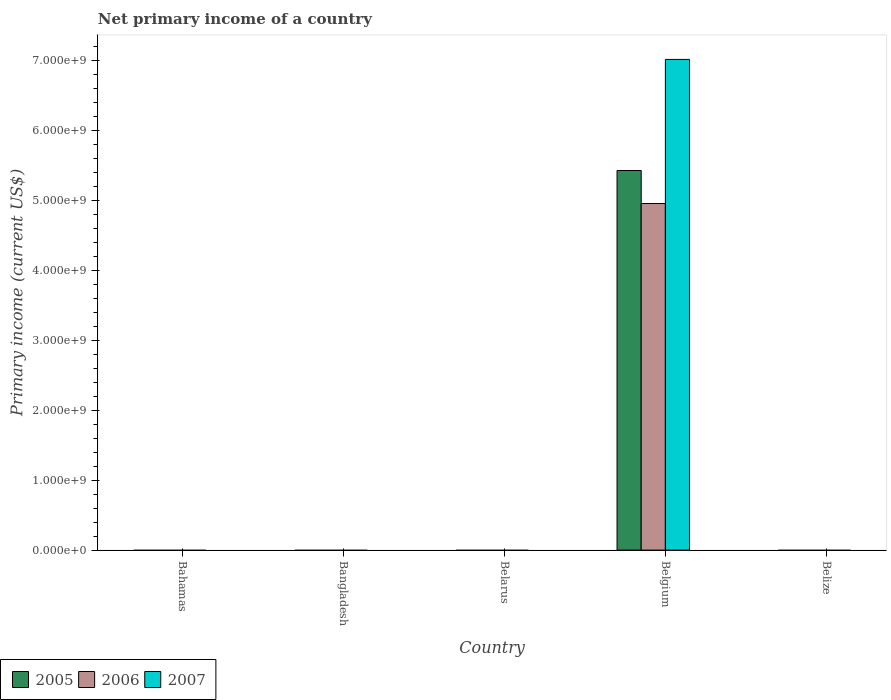
| Country | 2005 | 2006 | 2007 |
 | --- | --- | --- | --- |
 | Bahamas | -1.82e+08 | -2.18e+08 | -2.32e+08 |
 | Bangladesh | -7.79e+08 | -8.48e+08 | -8.75e+08 |
 | Belarus | -4.77e+07 | -9.97e+07 | -3.65e+08 |
 | Belgium | 5.42e+09 | 4.95e+09 | 7.01e+09 |
 | Belize | -1.14e+08 | -1.25e+08 | -1.59e+08 |